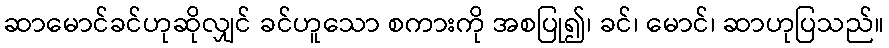
ဆာမောင်ခင်ဟုဆိုလျှင် ခင်ဟူသော စကားကို အစပြု၍၊ ခင်၊ မောင်၊ ဆာဟုပြသည်။